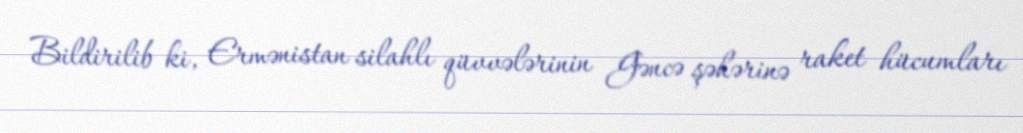
Bildirilib ki, Ermənistan silahlı qüvvələrinin Gəncə şəhərinə raket hücumları